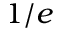
1 / e